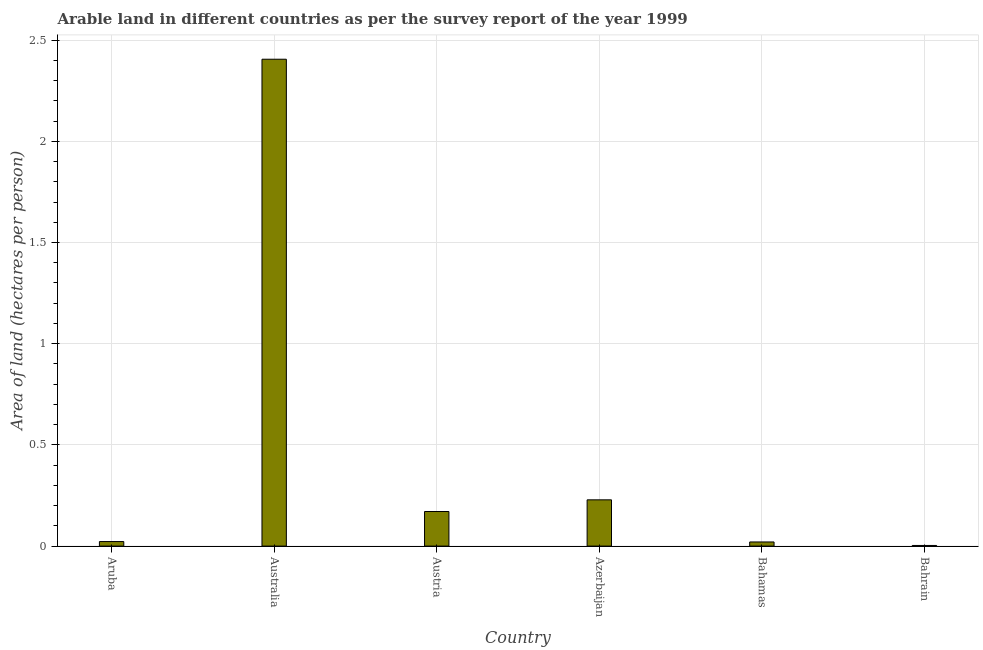
| Country | Arable land |
 | --- | --- |
 | Aruba | 0.0225 |
 | Australia | 2.41 |
 | Austria | 0.171 |
 | Azerbaijan | 0.229 |
 | Bahamas | 0.0204 |
 | Bahrain | 0.00312 |